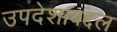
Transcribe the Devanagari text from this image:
उपदेशाबद्दल